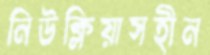
নিউক্লিয়াসহীন